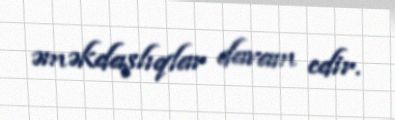
əməkdaşlıqlar davam edir.